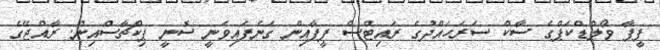
ފީފާ ވޯލްޑްކަޕްގެ ސާކް ސަރަހައްދުގެ ރައިޓްސް ފީފާއިން ގަނެފައިވަނީ ސޮނީ ޕިކްޗާސްއިން. ރާއްޖޭގެ